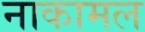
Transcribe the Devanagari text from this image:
नाकामल